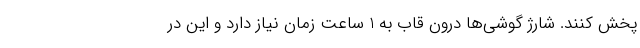
پخش کنند. شارژ گوشی‌ها درون قاب به 1 ساعت زمان نیاز دارد و این در